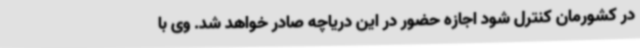
در کشورمان کنترل شود اجازه حضور در این دریاچه صادر خواهد شد. وی با